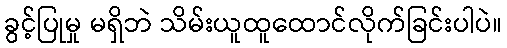
ခွင့်ပြုမှု မရှိဘဲ သိမ်းယူထူထောင်လိုက်ခြင်းပါပဲ။